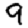
Digit: 9